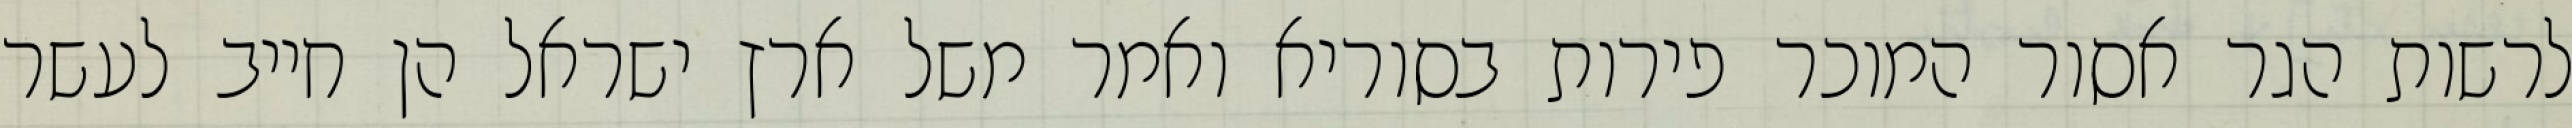
לרשות הגר אסור המוכר פירות בסוריא ואמר משל ארץ ישראל הן חייב לעשר